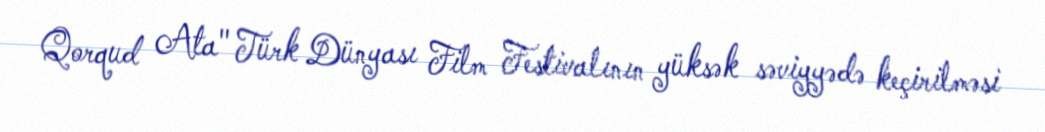
Qorqud Ata" Türk Dünyası Film Festivalının yüksək səviyyədə keçirilməsi